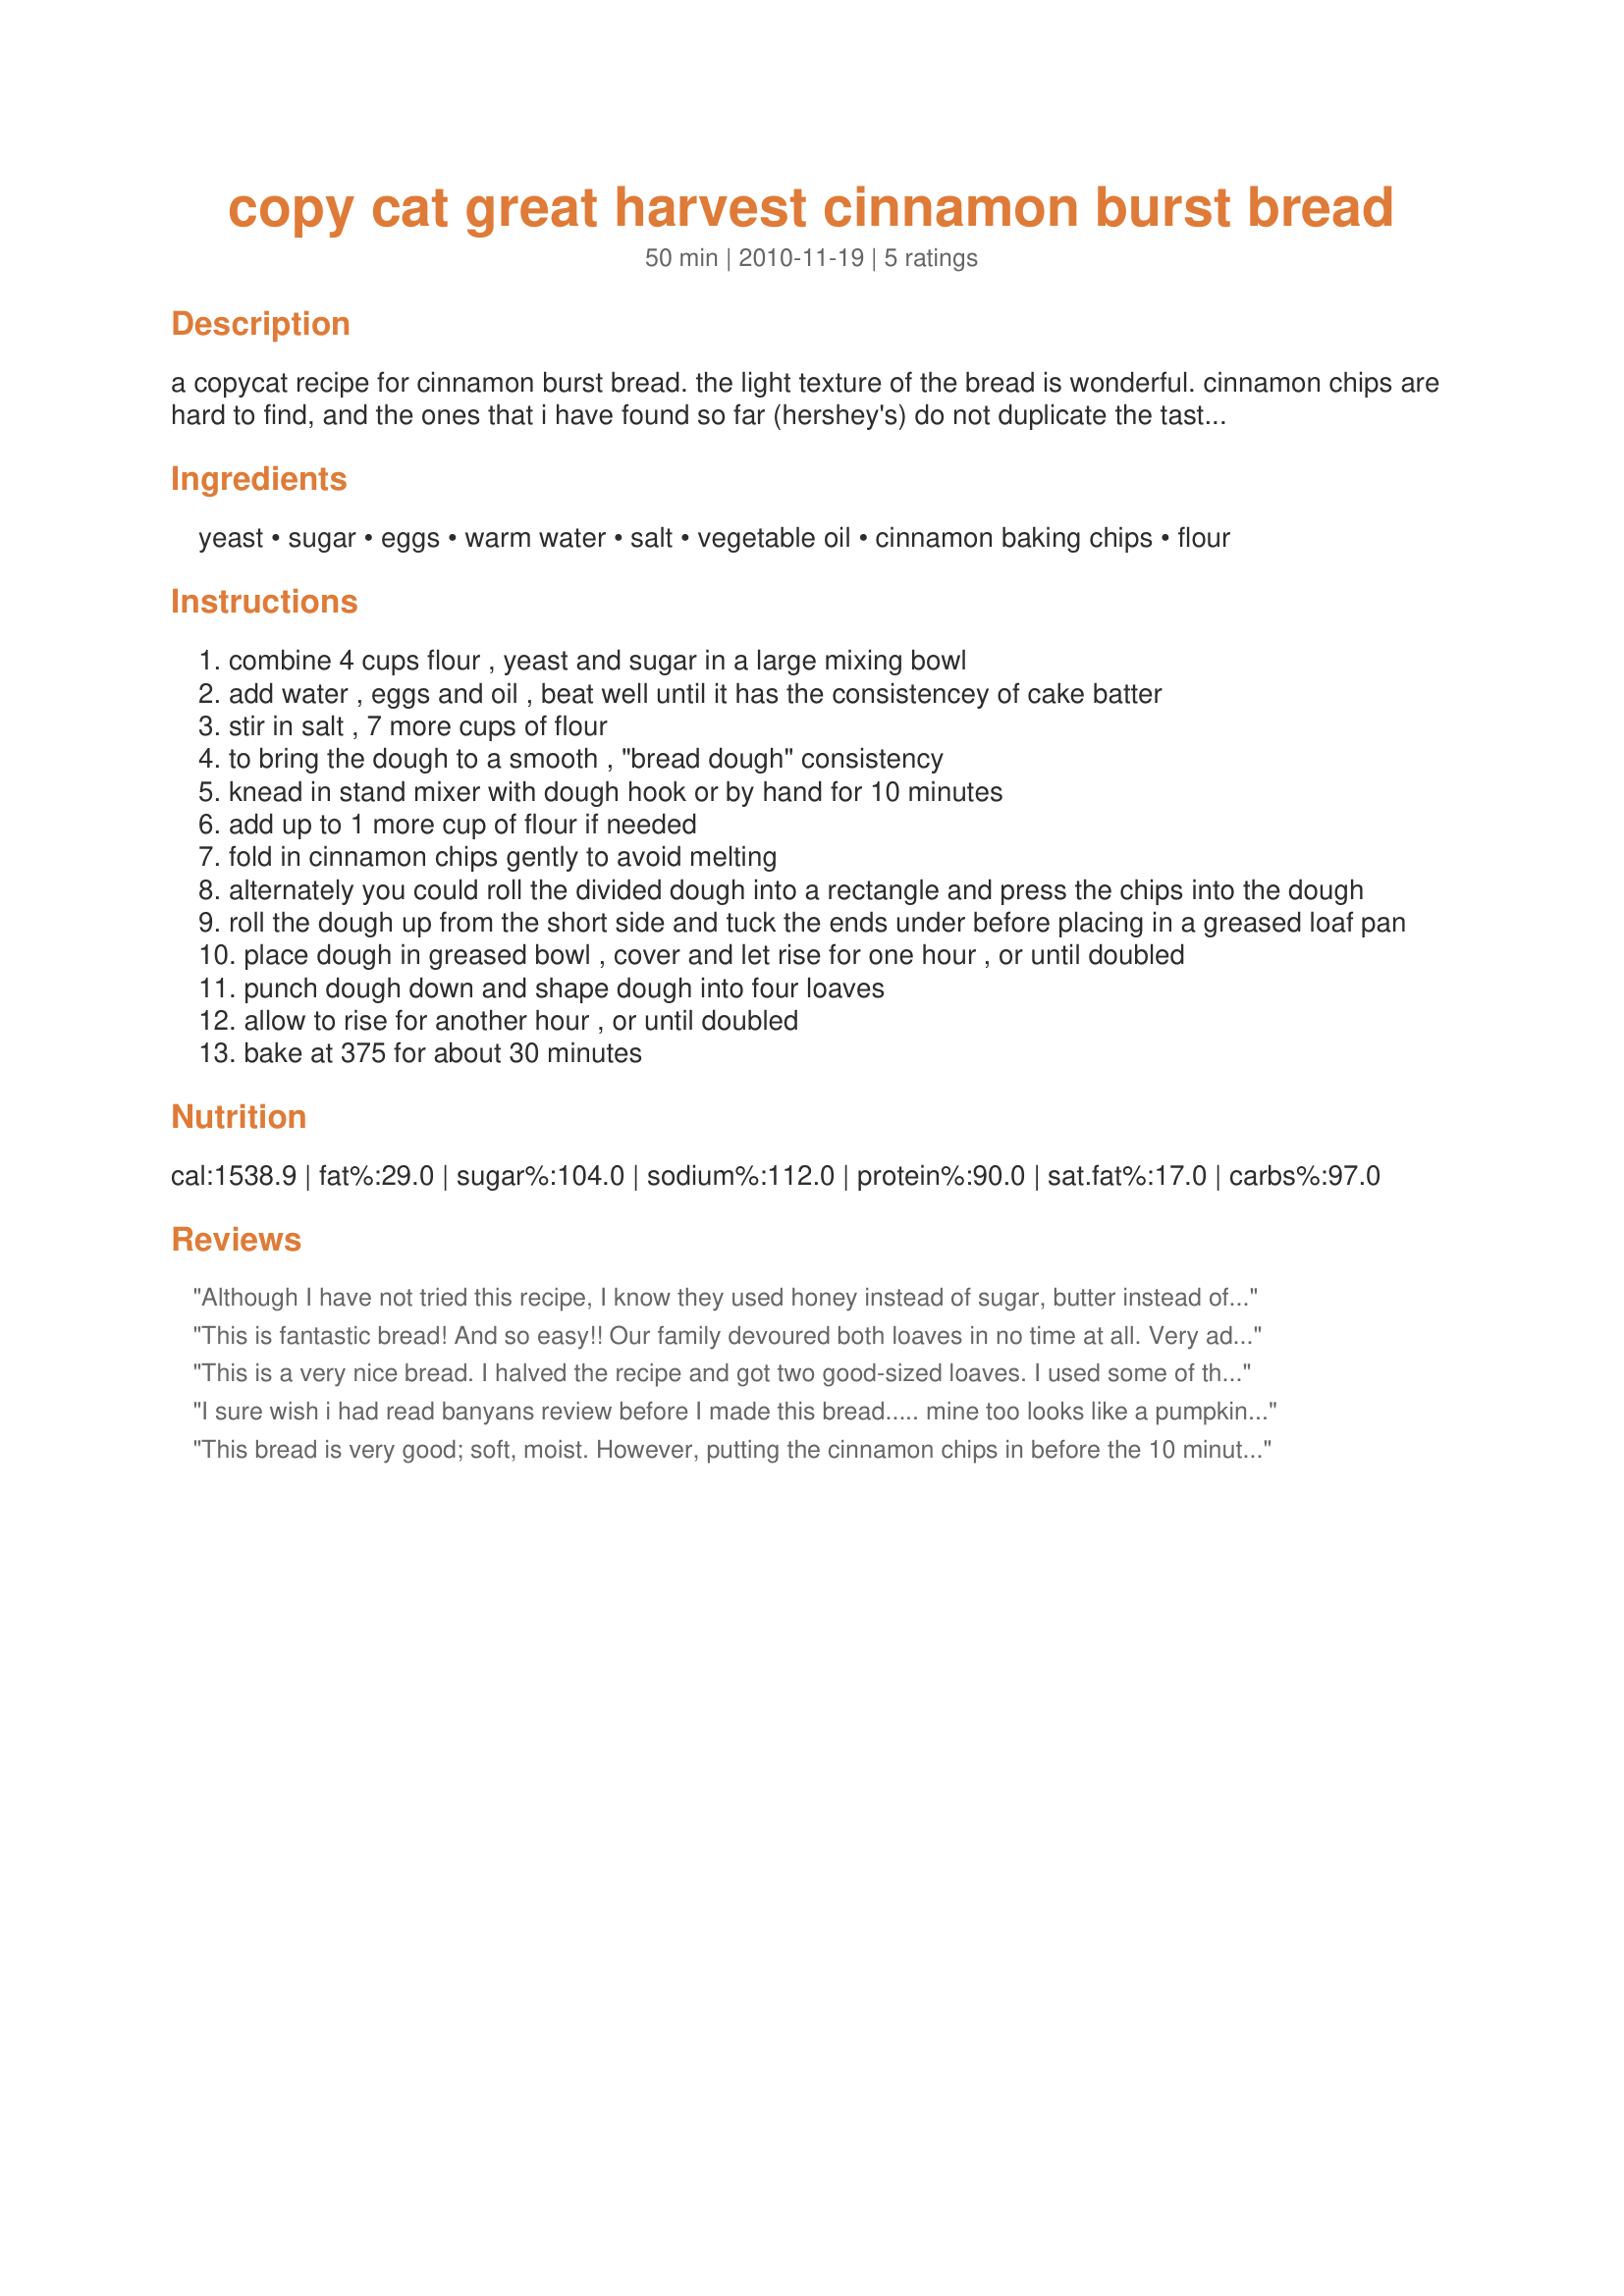
copy cat great harvest cinnamon burst bread
Preparation time: 50 minutes

a copycat recipe for cinnamon burst bread. the light texture of the bread is wonderful. cinnamon chips are hard to find, and the ones that i have found so far (hershey's) do not duplicate the taste of the ones in the genuine gh bread. i found this recipe on a site that is now defunct so i am posting it here to share and for safe keeping.

Ingredients:
yeast, sugar, eggs, warm water, salt, vegetable oil, cinnamon baking chips, flour

Steps:
combine 4 cups flour , yeast and sugar in a large mixing bowl
add water , eggs and oil , beat well until it has the consistencey of cake batter
stir in salt , 7 more cups of flour
to bring the dough to a smooth , "bread dough" consistency
knead in stand mixer with dough hook or by hand for 10 minutes
add up to 1 more cup of flour if needed
fold in cinnamon chips gently to avoid melting
alternately you could roll the divided dough into a rectangle and press the chips into the dough
roll the dough up from the short side and tuck the ends under before placing in a greased loaf pan
place dough in greased bowl , cover and let rise for one hour , or until doubled
punch dough down and shape dough into four loaves
allow to rise for another hour , or until doubled
bake at 375 for about 30 minutes

Reviews:
Although I have not tried this recipe, I know they used honey instead of sugar, butter instead of oil, and no use of eggs. <br/>I look forward to trying your recipe :) and comparing to the original.<br/>Thanks for the recipe!
This is fantastic bread! And so easy!! Our family devoured both loaves in no time at all. Very addicting and satisfying!
This is a very nice bread. I halved the recipe and got two good-sized loaves. I used some of the bread for french toast. Yum! By the way, I ordered my cinnamon chips from Amazon as I could not find any locally. Thanks for the great recipe.
I sure wish i had read banyans review before I made this bread..... mine too looks like a pumpkin bread and I hope it raises with all of the sugar in it now :( BE SURE TO ADD THE CINNAMON CHIPS AT LAST PROOF BEFORE SHAPING INTO LOAVES. I used coconut oil and I wish I hadn&#039;t added the sugar with the chips breaking down. will see what happens.
This bread is very good; soft, moist. However, putting the cinnamon chips in before the 10 minute kneeding was a bit of a disaster...my bread looks more like pumpkin bread then cinnamon burst. I did hand knead some additional chips in before I put the dough in the pans and those were great. Next time I will not add the chips until the bread has proofed the first time. (I used honey and butter instead of sugar and oil as suggested by another post; thank you!)
